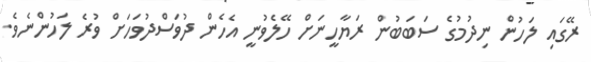
ރޭގައި ލަހުން ނިދުމުގެ ސަބަބުން ރަޔާހީނަށް ހޭލެވުނީ އެހެން ދުވަސްދުވަހަށް ވުރެ ލަހުންނެވެ.